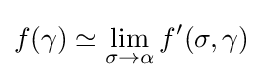
f(\gamma )\simeq \lim _{\sigma \to \alpha }f'(\sigma ,\gamma )